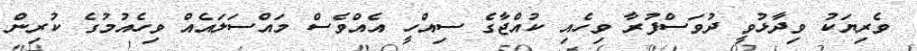
ވެރިޔަކު ވިދާޅުވީ ދުވަސްފުރާ ވިހެއި ކުއްޖާގެ ސިއްހީ އެއްވެސް މައްސަލައެއް ވިހެއުމުގެ ކުރިން